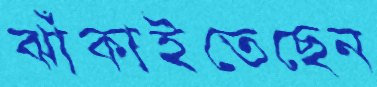
ঝাঁকাইতেছেন